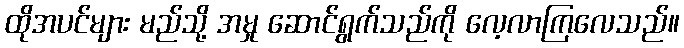
ထိုအပင်များ မည်သို့ အမှု ဆောင်ရွက်သည်ကို လေ့လာကြလေသည်။